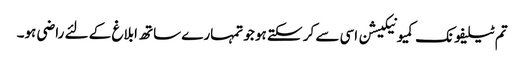
تم ٹیلیفونک کمیونیکیشن اسی سے کر سکتے ہو جو تمہارے ساتھ ابلاغ کے لئے راضی ہو۔